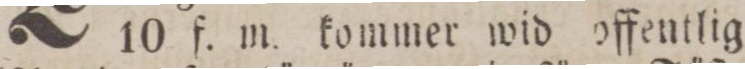
10 f. m. kommer wid offentlig